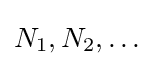
\textstyle N_{1},N_{2},\dots